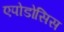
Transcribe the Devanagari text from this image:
एपोडोसिस